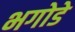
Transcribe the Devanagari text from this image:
भगोडे